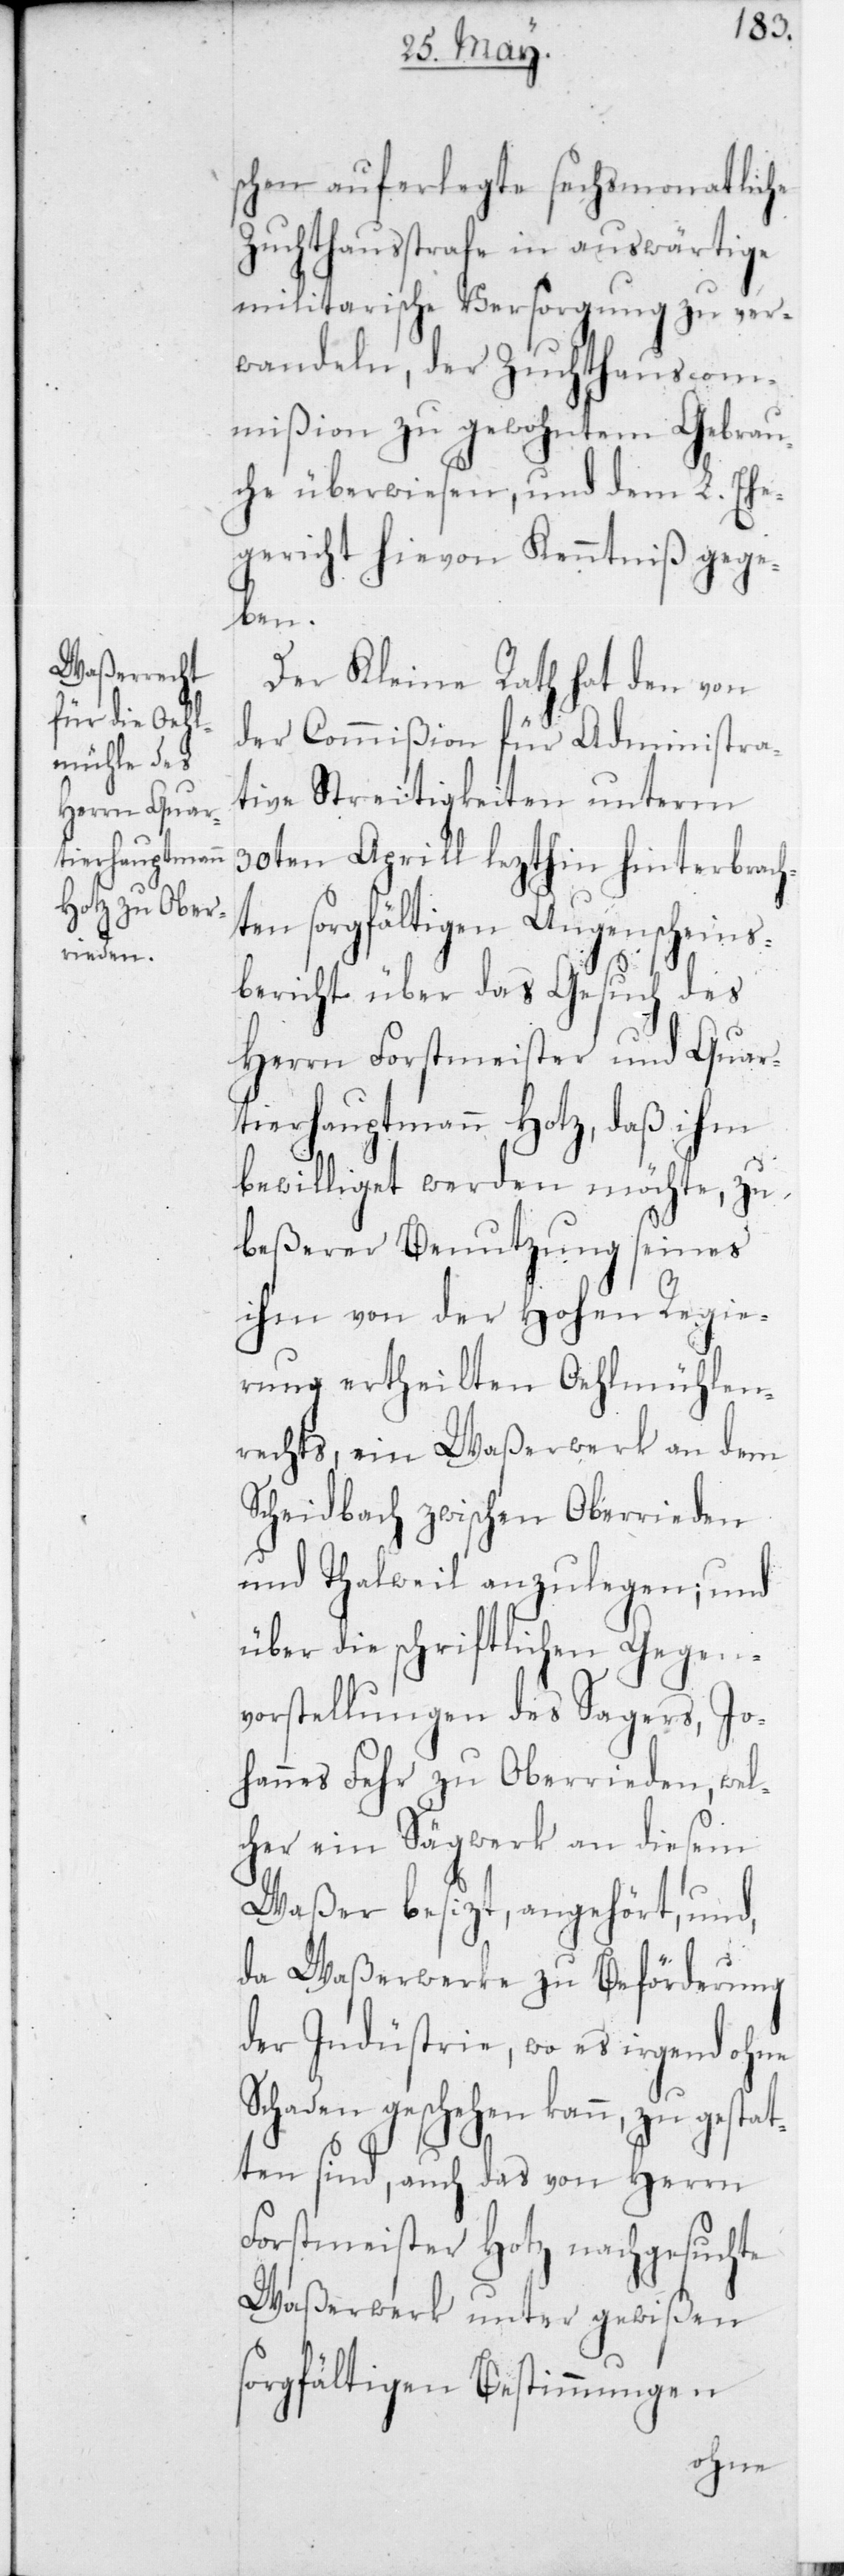
schen auferlegte sechsmonatliche
Zuchthausstrafe in auswärtige
militarische Versorgung zu ver¬
wandeln, der Zuchthauscom¬
mißion zu gewohntem Gebrau¬
che überwiesen, und dem L. Ehe¬
gericht hievon Kenntniß gege¬
ben.
Der Kleine Rath hat den von
der Commißion für Administra¬
tive Streitigkeiten unterm
30sten Aprill lezthin hinterbrach¬
ten sorgfältigen Augenscheins¬
bericht über das Gesuch des
Herrn Forstmeister und Quar¬
tierhauptmann Hotz, daß ihm
bewilliget werden möchte, zu
beßerer Benutzung seines
ihm von der Hohen Regie¬
rung ertheilten Oehlmühlen¬
rechts, ein Waßerwerk an dem
Scheidbach zwischen Oberrieden
und Thalweil anzulegen; und
über die schriftlichen Gegen¬
vorstellungen des Sagers, Jo¬
hannes Fehr zu Oberrieden, wel¬
cher ein Sägwerk an diesem
Waßer besizt, angehört, und,
da Waßerwerke zu Beförderung
der Indüstrie, wo es irgend ohne
Schaden geschehen kann, zu gesta¬
tten sind, auch das von Herrn
Forstmeister Hotz nachgesuchte
Waßerwerk unter gewißen
sorgfältigen Bestimmungen